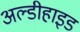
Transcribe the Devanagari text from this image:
अल्डीहाइड